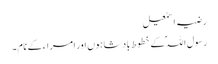
رضیہ اسمٰعیل
رسول اللہؐ کے خطوط بادشاہوں اور امراء کے نام ۔